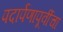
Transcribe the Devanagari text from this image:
पदार्पणापूर्वीचा